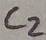
Text: C2